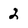
Character: 2